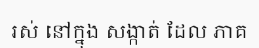
រស់ នៅក្នុង សង្កាត់ ដែល ភាគ